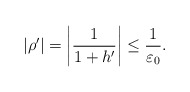
\begin{align*}|\rho^\prime|= \left|\frac{1}{1+h^\prime}\right|\leq \frac{1}{\varepsilon_0}. \end{align*}